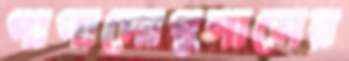
পাপাদোপুলাসের